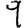
Digit: 9